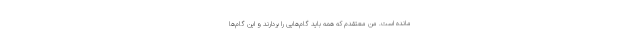
مانده است. من معتقدم که همه باید گام‌هایی را بردارند و این گام‌ها